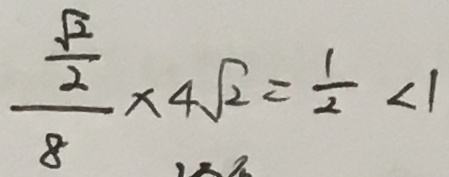
\frac { \frac { \sqrt { 2 } } { 2 } } { 8 } \times 4 \sqrt { 2 } = \frac { 1 } { 2 } < 1